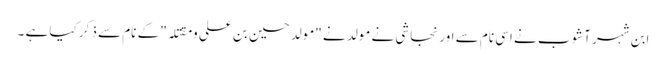
ابن شہر آشوب نے اسی نام سے اور نجاشی نے مولد نے "مولد حسین بن علی و مقتلہ" کے نام سے ذکر کیا ہے ۔